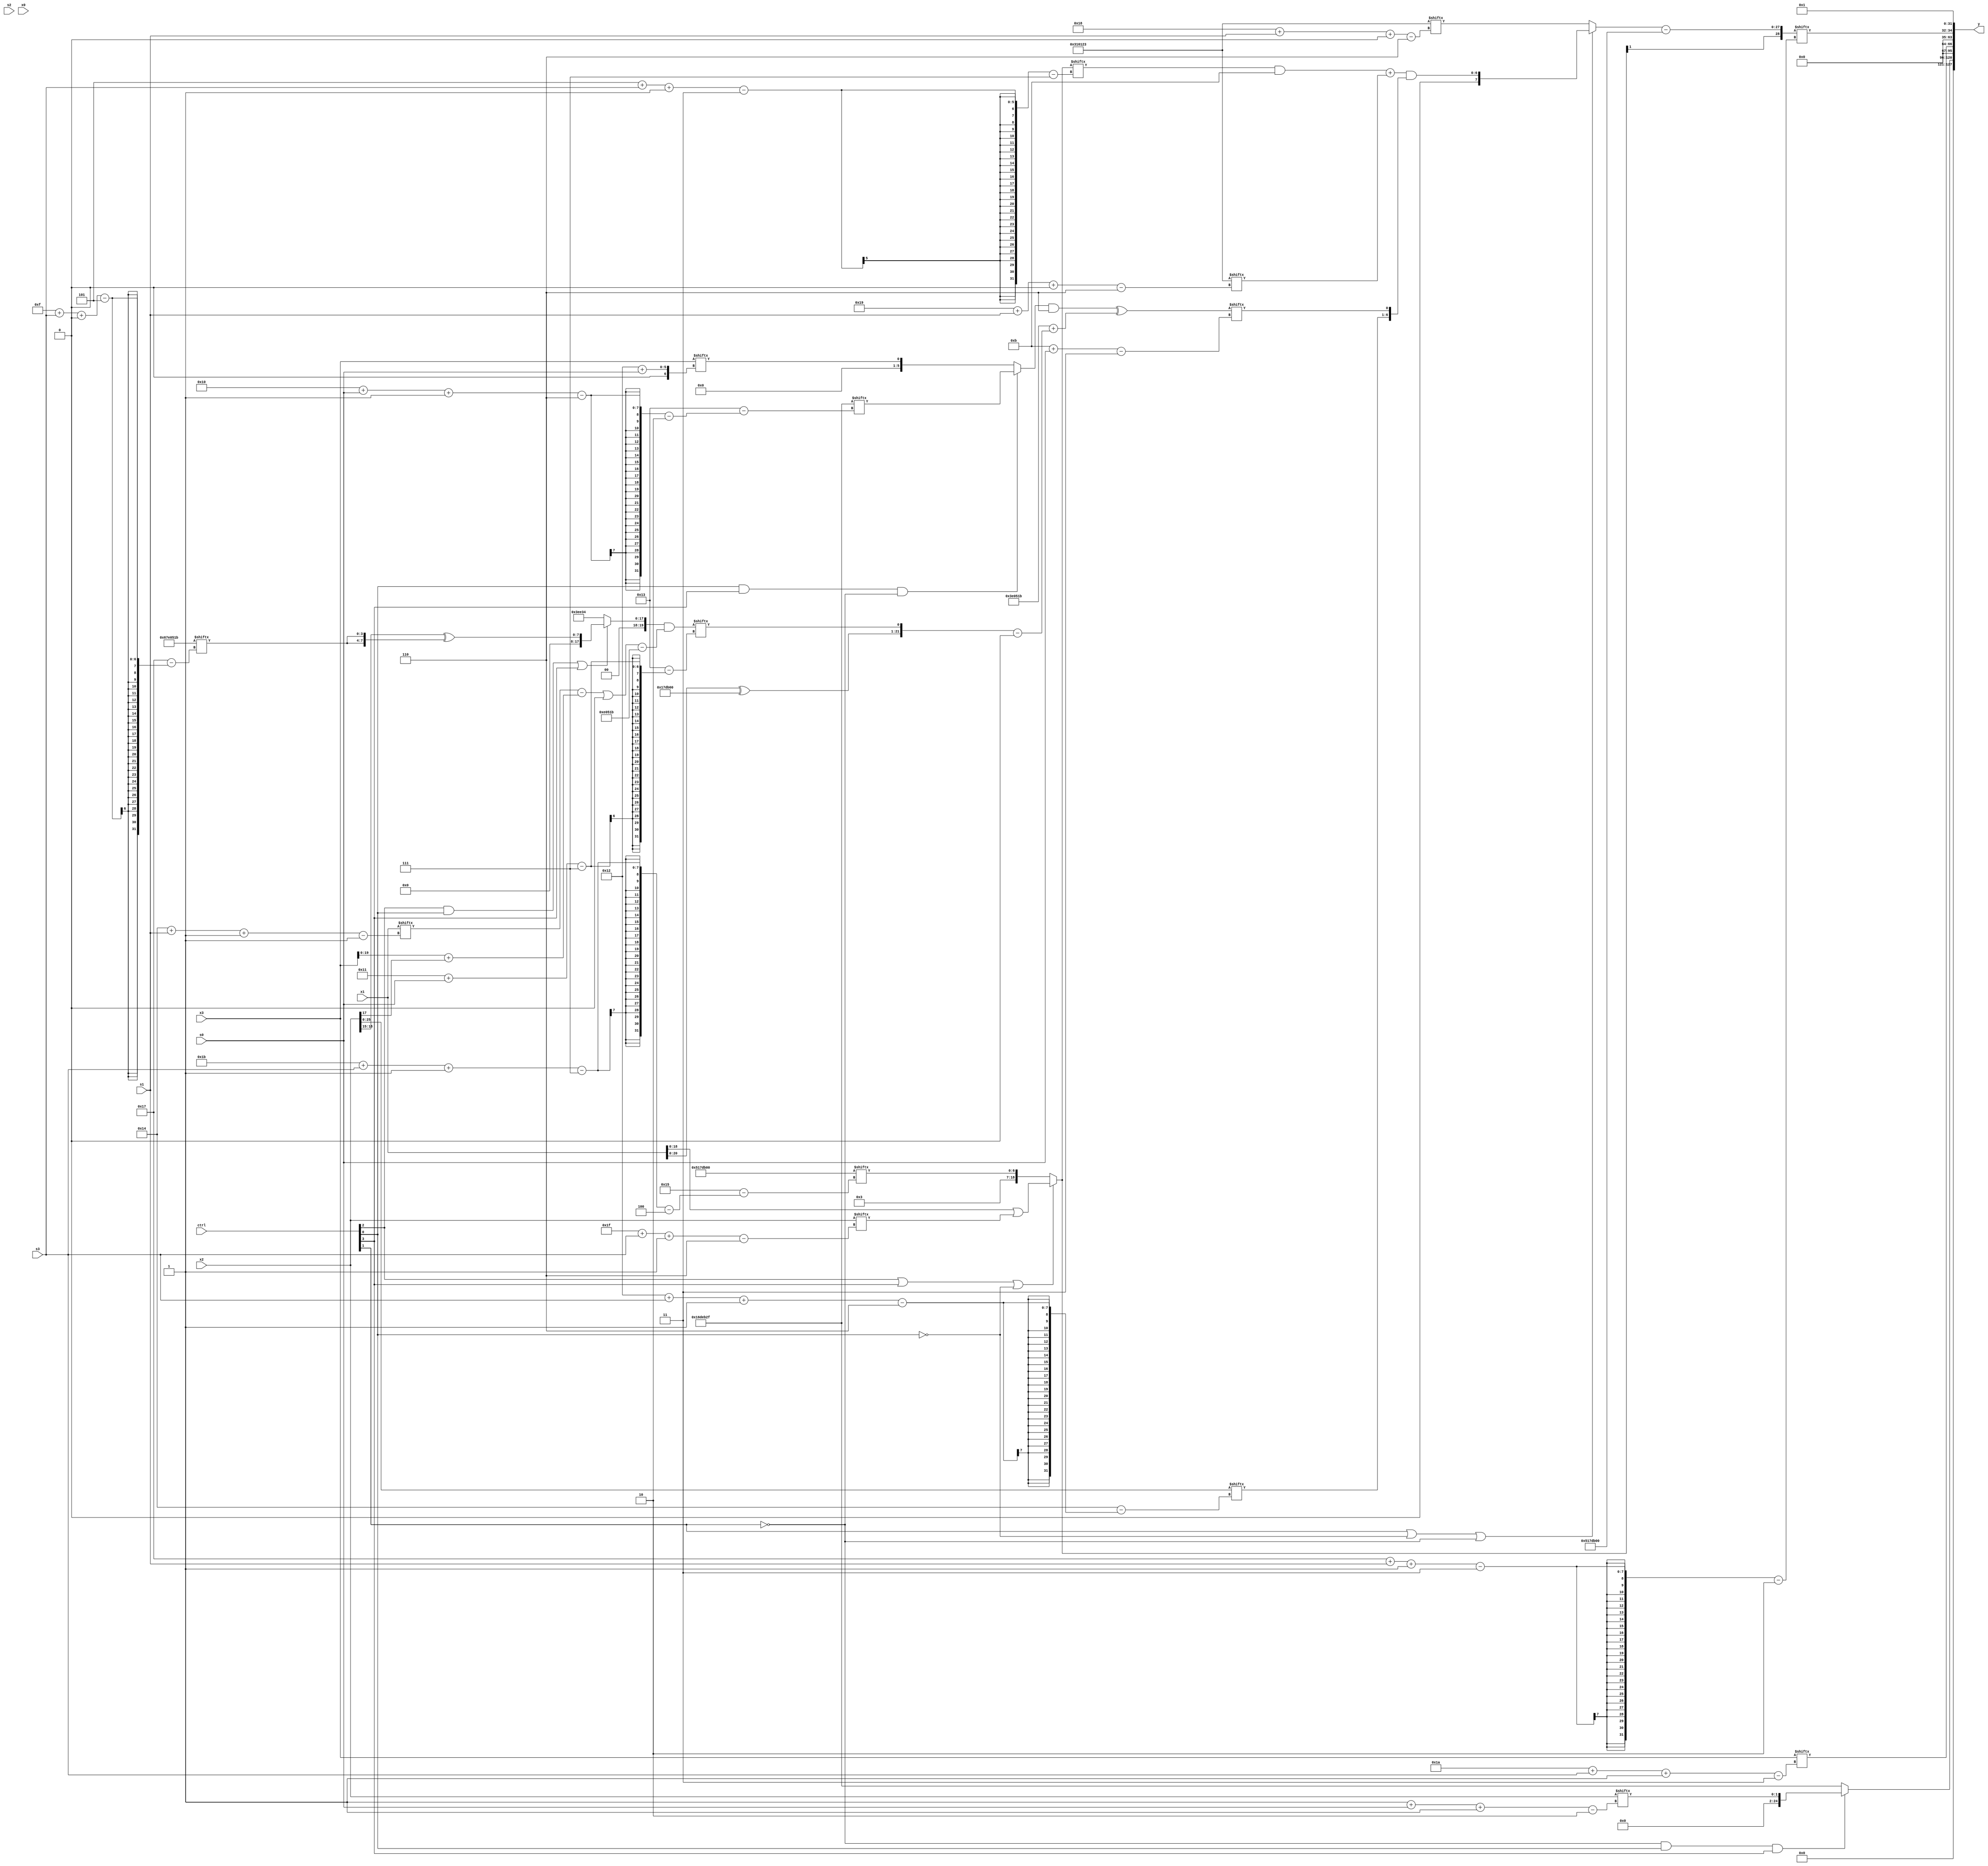
module partsel_00688(ctrl, s0, s1, s2, s3, x0, x1, x2, x3, y);
  input [3:0] ctrl;
  input [2:0] s0;
  input [2:0] s1;
  input [2:0] s2;
  input [2:0] s3;
  input signed [31:0] x0;
  input signed [31:0] x1;
  input [31:0] x2;
  input [31:0] x3;
  wire [3:28] x4;
  wire signed [0:25] x5;
  wire [25:7] x6;
  wire signed [0:25] x7;
  wire [25:2] x8;
  wire signed [3:26] x9;
  wire [7:26] x10;
  wire [7:30] x11;
  wire signed [2:28] x12;
  wire signed [24:3] x13;
  wire [7:28] x14;
  wire [30:2] x15;
  output [127:0] y;
  wire [31:0] y0;
  wire signed [31:0] y1;
  wire [31:0] y2;
  wire [31:0] y3;
  assign y = {y0,y1,y2,y3};
  localparam [2:26] p0 = 963504943;
  localparam [27:6] p1 = 330391843;
  localparam [5:31] p2 = 645793051;
  localparam signed [4:31] p3 = 890755840;
  assign x4 = x2[14 + s1 -: 8];
  assign x5 = x2;
  assign x6 = (ctrl[2] || ctrl[3] || !ctrl[0] ? {x3[5 + s2], (x1 | x2[31 + s3 -: 6])} : {p0[12 -: 2], p3[27 + s3 -: 7]});
  assign x7 = x5;
  assign x8 = ({(!ctrl[2] || ctrl[2] && !ctrl[3] ? (ctrl[3] || !ctrl[2] && ctrl[1] ? p2[4 + s3 -: 6] : (p3[26 + s1 +: 5] & p3[15 + s3])) : x6[12 + s3 -: 5]), x7[13 +: 4]} & (!ctrl[1] && ctrl[1] && !ctrl[2] ? p2[12 +: 1] : (p0[11 +: 4] ^ {p0, (p2[24 + s0 -: 6] & x4[19 + s3 +: 2])})));
  assign x9 = x8[16 + s0];
  assign x10 = ((ctrl[2] && ctrl[0] || ctrl[3] ? (x2[15 +: 4] ^ {2{p2[15 + s3 +: 4]}}) : (p2 ^ {2{p0}})) & (((x1[20 + s1 -: 1] - (x3 + x5[8])) | p1[10]) - p2));
  assign x11 = (x1[11 +: 4] | x1[8 + s1 -: 8]);
  assign x12 = (x6[17 -: 3] ^ x4[20]);
  assign x13 = (((ctrl[0] && ctrl[3] && !ctrl[1] ? p0[16 + s0 -: 6] : x3[18 + s0]) & p1[20 -: 3]) ^ (p2 + ({(x1 ^ p3), x10[17 + s0]} - x12[17])));
  assign x14 = x3[1 + s1 +: 4];
  assign x15 = {x6[8 +: 4], ((ctrl[1] || !ctrl[0] || !ctrl[1] ? (((x6[5 + s3 -: 3] & p3[23 -: 4]) + p1[25 + s1 +: 6]) & {x7[18 + s3 -: 6], x13[11 + s0]}) : p1[24 + s1 +: 8]) - p3)};
  assign y0 = (!ctrl[1] && ctrl[0] && ctrl[3] ? x2[1 + s0 -: 2] : p0);
  assign y1 = x3[26 + s3 -: 3];
  assign y2 = x15[23 + s1 -: 3];
  assign y3 = p3[10 +: 2];
endmodule